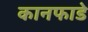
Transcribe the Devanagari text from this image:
कानफाडे